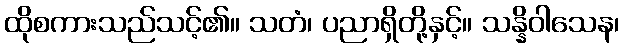
ထိုစကားသည်သင့်၏။ သတံ၊ ပညာရှိတို့နှင့်။ သန္နိဝါသေန၊